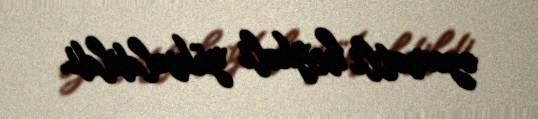
əzəmətli heykəli yüksəldildi.